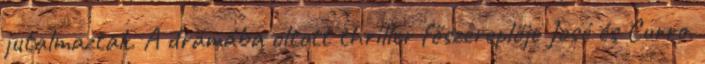
jutalmaztak. A drámába oltott thriller főszereplője José és Curro.